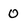
Character: 0